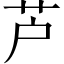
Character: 芦